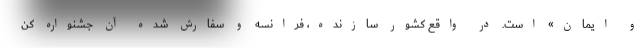
و ایمان» است. در واقع کشور سازنده، فرانسه و سفارش شده آن جشنواره کن